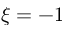
\xi = - 1